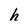
Character: h